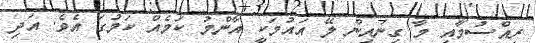
ރިއްސުމާއި މާ ގިނައިން ލޭ އައުމަކީ އާންމު ކަމެއް ކަމުގަ އެވެ. އަދި